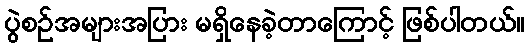
ပွဲစဉ်အများအပြား မရှိနေခဲ့တာကြောင့် ဖြစ်ပါတယ်။